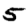
Digit: 5